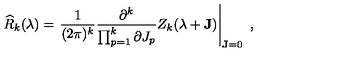
\widehat { R } _ { k } ( \mathrm { \boldmath \lambda \unboldmath } ) = \left. \frac { 1 } { ( 2 \pi ) ^ { k } } \frac { \partial ^ { k } } { \prod _ { p = 1 } ^ { k } \partial J _ { p } } Z _ { k } ( \mathrm { \boldmath \lambda \unboldmath } + { \bf J } ) \right| _ { { \bf J } = 0 } \ ,